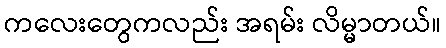
ကလေးတွေကလည်း အရမ်း လိမ္မာတယ်။